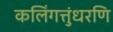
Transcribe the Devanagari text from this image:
कलिंगत्तुंधरणि